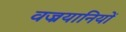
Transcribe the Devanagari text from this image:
वज्रयानियों